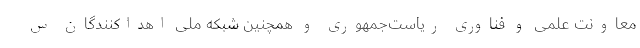
معاونت علمی و فناوری ریاست‌جمهوری و همچنین شبكه ملی اهداكنندگان س